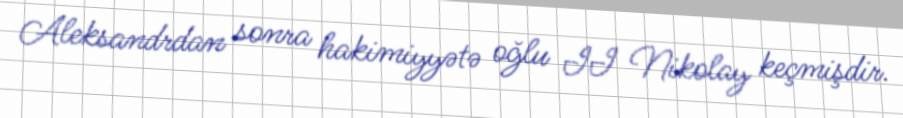
Aleksandrdan sonra hakimiyyətə oğlu II Nikolay keçmişdir.